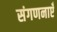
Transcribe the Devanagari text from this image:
संगणनाएँ